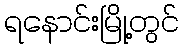
ရနောင်းမြို့တွင်